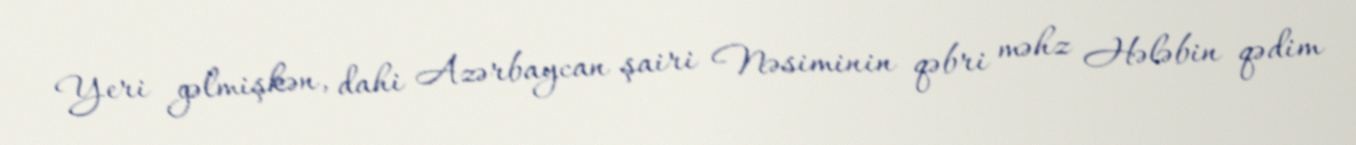
Yeri gəlmişkən, dahi Azərbaycan şairi Nəsiminin qəbri məhz Hələbin qədim